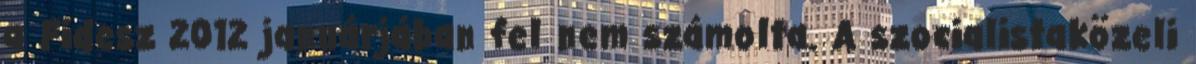
a Fidesz 2012 januárjában fel nem számolta. A szocialistaközeli